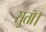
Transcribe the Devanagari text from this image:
सुता।